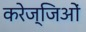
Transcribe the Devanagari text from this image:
करेज्जिओं